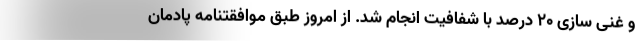
و غنی سازی ۲۰ درصد با شفافیت انجام شد. از امروز طبق موافقتنامه پادمان